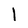
Character: l